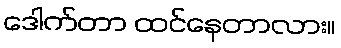
ဒေါက်တာ ထင်နေတာလား။